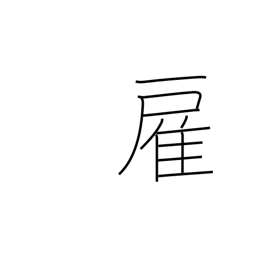
Meaning: hire